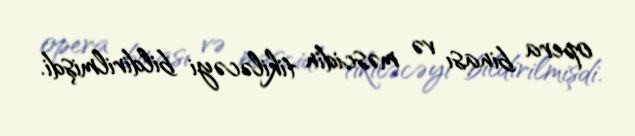
opera binası və məscidin tikiləcəyi bildirilmişdi.